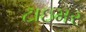
ટાઇમર